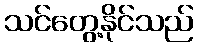
သင်တွေ့နိုင်သည်